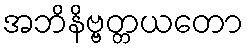
အဘိနိဗ္ဗတ္တယတော